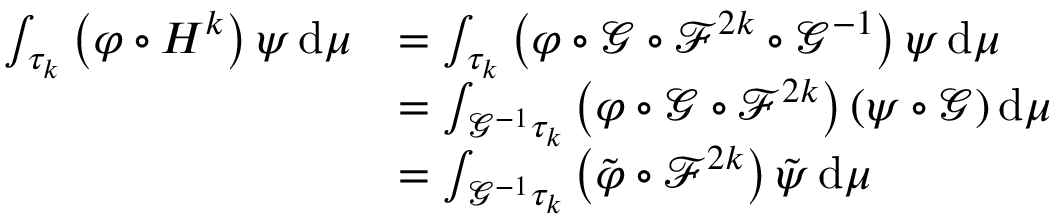
\begin{array} { r l } { \int _ { \tau _ { k } } \left( \varphi \circ H ^ { k } \right) \psi \, \mathrm { d } \mu } & { = \int _ { \tau _ { k } } \left( \varphi \circ \mathcal { G } \circ \mathcal { F } ^ { 2 k } \circ \mathcal { G } ^ { - 1 } \right) \psi \, \mathrm { d } \mu } \\ & { = \int _ { \mathcal { G } ^ { - 1 } \tau _ { k } } \left( \varphi \circ \mathcal { G } \circ \mathcal { F } ^ { 2 k } \right) ( \psi \circ \mathcal { G } ) \, \mathrm { d } \mu } \\ & { = \int _ { \mathcal { G } ^ { - 1 } \tau _ { k } } \left( \tilde { \varphi } \circ \mathcal { F } ^ { 2 k } \right) \tilde { \psi } \, \mathrm { d } \mu } \end{array}